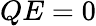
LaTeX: QE=0